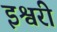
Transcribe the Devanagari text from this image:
इश्वरी